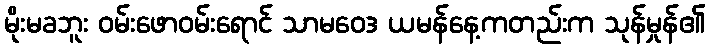
မိုးမခဘူး ဝမ်းဖောဝမ်းရောင် သာမဝေဒ ယမန်နေ့ကတည်းက သုန်မှုန်၏